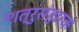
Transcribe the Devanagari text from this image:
शत्रुसंहारक